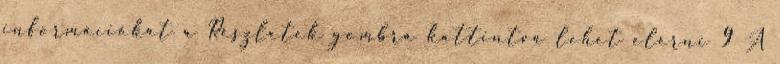
információkat a Részletek gombra kattintva lehet elérni 9 A